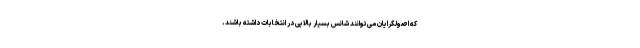
که اصولگرایان می‌توانند شانس بسیار بالایی در انتخابات داشته باشند.